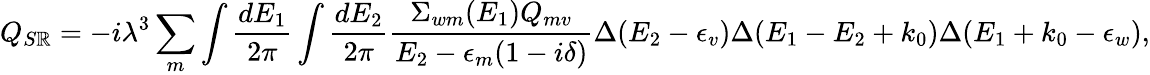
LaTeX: Q_{S\mathbb{R}}=-i\lambda^{3}\sum_{m}\int{\frac{{dE_{1}}}{{2\pi}}}\int{\frac{{dE_{2}}}{{2\pi}}}{\frac{{\Sigma_{wm}(E_{1})Q_{mv}}}{{E_{2}-\epsilon_{m}(1-i\delta)}}}\Delta(E_{2}-\epsilon_{v})\Delta(E_{1}-E_{2}+k_{0})\Delta(E_{1}+k_{0}-\epsilon_{w}),